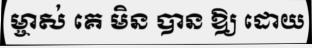
ម្ចាស់ គេ មិន បាន ឱ្យ ដោយ